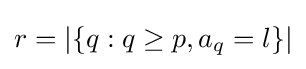
r=|\{q:q\geq p,a_{q}=l\}|